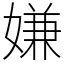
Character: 嫌